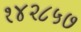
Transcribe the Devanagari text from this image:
१४२८५७